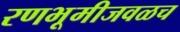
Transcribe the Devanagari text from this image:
रणभूमीजवळच